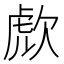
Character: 𣣍